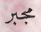
مجبر